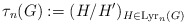
\begin{align*}\tau_n(G):=(H/H^\prime)_{H\in\mathrm{Lyr}_n(G)}\end{align*}